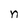
Character: n